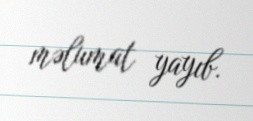
məlumat yayıb.